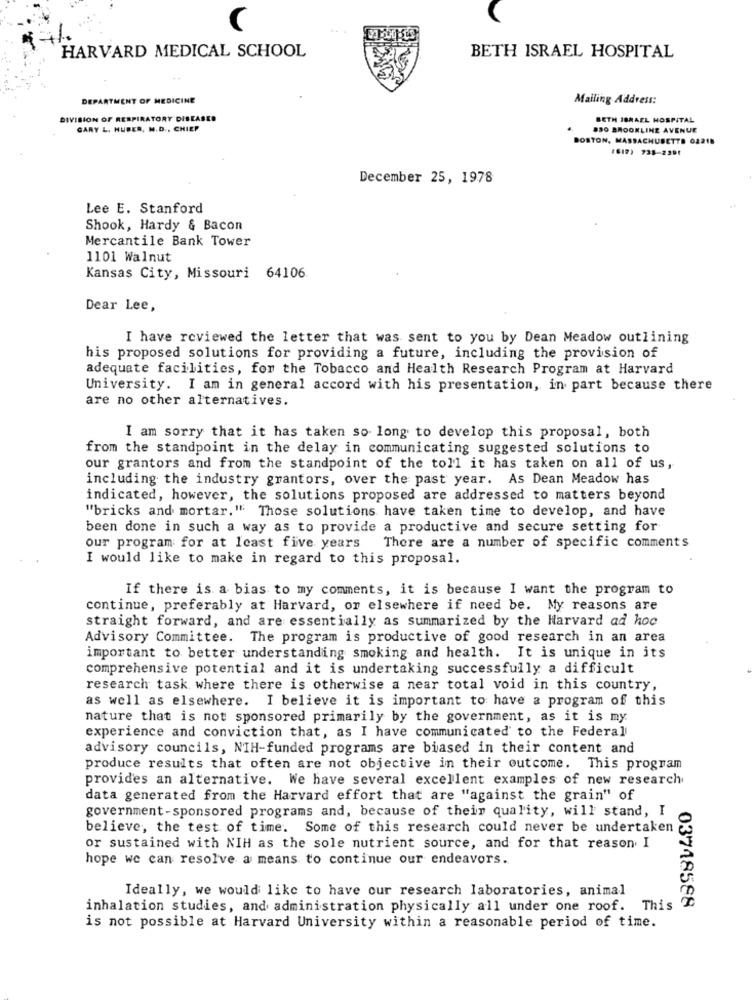
...
HARVARD MEDICAL SCHOOL
BETH ISRAEL HOSPITAL
DEPARTMENT OF MEDICINE
Mailing Address:
DIVISION OF RESPIRATORY DISEASES
BETH ISRAEL HOSPITAL
GARY L. HUBER, M.D ., CHIEF
830 BROOKLINE AVENUE
BOSTON, MASSACHUSETTS 02218
(619) 738-2391
December 25, 1978
Lee E. Stanford
Shook, Hardy & Bacon
Mercantile Bank Tower
1101 Walnut
Kansas City, Missouri 64106
Dear Lee,
I have reviewed the letter that was sent to you by Dean Meadow outlining
his proposed solutions for providing a future, including the provision of
adequate facilities, for the Tobacco and Health Research Program at Harvard
University. I am in general accord with his presentation, in part because there
are no other alternatives.
I am sorry that it has taken so long to develop this proposal, both
from the standpoint in the delay in communicating suggested solutions to
our grantors and from the standpoint of the toll it has taken on all of us,
including the industry grantors, over the past year. As Dean Meadow has
indicated, however, the solutions proposed are addressed to matters beyond
"bricks and mortar." Those solutions have taken time to develop, and have
been done in such a way as to provide a productive and secure setting for
our program for at least five years
There are a number of specific comments
I would like to make in regard to this proposal.
If there is a bias to my comments, it is because I want the program to
continue, preferably at Harvard, or elsewhere if need be. My reasons are
straight forward, and are essentially as summarized by the Harvard ad hoc
Advisory Committee. The program is productive of good research in an area
important to better understanding smoking and health. It is unique in its
comprehensive potential and it is undertaking successfully a difficult
research task where there is otherwise a near total void in this country,
as well as elsewhere. I believe it is important to have a program of this
nature that is not sponsored primarily by the government, as it is my
experience and conviction that, as I have communicated to the Federal
advisory councils, NTH-funded programs are biased in their content and
produce results that often are not objective in their outcome. This program
provides an alternative. We have several excellent examples of new research
data generated from the Harvard effort that are "against the grain" of
government-sponsored programs and, because of their quality, will stand, I
believe, the test of time. Some of this research could never be undertaken
or sustained with NIH as the sole nutrient source, and for that reason I
hope we can resolve a means to continue our endeavors.
Ideally, we would like to have our research laboratories, animal
inhalation studies, and administration physically all under one roof. This
03748588
is not possible at Harvard University within a reasonable period of time.